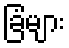
ခြံများ